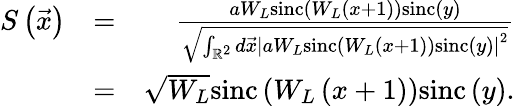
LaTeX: \begin{array}{rlr}{S\left(\vec{x}\right)}&{=}&{\frac{aW_{L}\mathrm{sinc}\left(W_{L}\left(x+1\right)\right)\mathrm{sinc}\left(y\right)}{\sqrt{\int_{\mathbb{R}^{2}}d\vec{x}\left|aW_{L}\mathrm{sinc}\left(W_{L}\left(x+1\right)\right)\mathrm{sinc}\left(y\right)\right|^{2}}}}\\ &{=}&{\sqrt{W_{L}}\mathrm{sinc}\left(W_{L}\left(x+1\right)\right)\mathrm{sinc}\left(y\right).}\end{array}